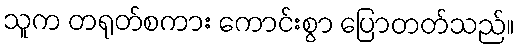
သူက တရုတ်စကား ကောင်းစွာ ပြောတတ်သည်။